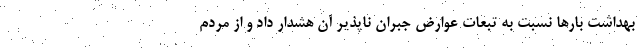
بهداشت بارها نسبت به تبعات عوارض جبران ناپذیر آن هشدار داد و از مردم